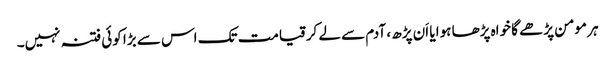
ہر مومن پڑھے گا خواہ پڑھا ہوا یا اَن پڑھ ، آدم سے لے کرقیامت تک اس سے بڑا کوئی فتنہ نہیں۔